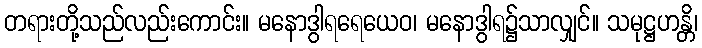
တရားတို့သည်လည်းကောင်း။ မနောဒွါရရေယေဝ၊ မနောဒွါရ၌သာလျှင်။ သမုဋ္ဌဟန္တိ၊